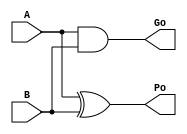
/*----------------------------------------------------------------------------
  Copyright (c) 2004 Aoki laboratory. All rights reserved.

  Top module: UBBKA_31_0_31_0

  Operand-1 length: 32
  Operand-2 length: 32
  Two-operand addition algorithm: Brent-Kung adder
----------------------------------------------------------------------------*/
// Modified by: Amir Yazdanbakhsh

`timescale 1ns/1ps
module GPGenerator(Go, Po, A, B);
  output Go;
  output Po;
  input A;
  input B;
  assign Go = A & B;
  assign Po = A ^ B;
endmodule

module CarryOperator(Go, Po, Gi1, Pi1, Gi2, Pi2);
  output Go;
  output Po;
  input Gi1;
  input Gi2;
  input Pi1;
  input Pi2;
  assign Go = Gi1 | ( Gi2 & Pi1 );
  assign Po = Pi1 & Pi2;
endmodule

module UBPriBKA_31_0(S, X, Y, Cin);
  output [32:0] S;
  input Cin;
  input [31:0] X;
  input [31:0] Y;
  wire [31:0] G0;
  wire [31:0] G1;
  wire [31:0] G10;
  wire [31:0] G2;
  wire [31:0] G3;
  wire [31:0] G4;
  wire [31:0] G5;
  wire [31:0] G6;
  wire [31:0] G7;
  wire [31:0] G8;
  wire [31:0] G9;
  wire [31:0] P0;
  wire [31:0] P1;
  wire [31:0] P10;
  wire [31:0] P2;
  wire [31:0] P3;
  wire [31:0] P4;
  wire [31:0] P5;
  wire [31:0] P6;
  wire [31:0] P7;
  wire [31:0] P8;
  wire [31:0] P9;
  assign P1[0] = P0[0];
  assign G1[0] = G0[0];
  assign P1[2] = P0[2];
  assign G1[2] = G0[2];
  assign P1[4] = P0[4];
  assign G1[4] = G0[4];
  assign P1[6] = P0[6];
  assign G1[6] = G0[6];
  assign P1[8] = P0[8];
  assign G1[8] = G0[8];
  assign P1[10] = P0[10];
  assign G1[10] = G0[10];
  assign P1[12] = P0[12];
  assign G1[12] = G0[12];
  assign P1[14] = P0[14];
  assign G1[14] = G0[14];
  assign P1[16] = P0[16];
  assign G1[16] = G0[16];
  assign P1[18] = P0[18];
  assign G1[18] = G0[18];
  assign P1[20] = P0[20];
  assign G1[20] = G0[20];
  assign P1[22] = P0[22];
  assign G1[22] = G0[22];
  assign P1[24] = P0[24];
  assign G1[24] = G0[24];
  assign P1[26] = P0[26];
  assign G1[26] = G0[26];
  assign P1[28] = P0[28];
  assign G1[28] = G0[28];
  assign P1[30] = P0[30];
  assign G1[30] = G0[30];
  assign P2[0] = P1[0];
  assign G2[0] = G1[0];
  assign P2[1] = P1[1];
  assign G2[1] = G1[1];
  assign P2[2] = P1[2];
  assign G2[2] = G1[2];
  assign P2[4] = P1[4];
  assign G2[4] = G1[4];
  assign P2[5] = P1[5];
  assign G2[5] = G1[5];
  assign P2[6] = P1[6];
  assign G2[6] = G1[6];
  assign P2[8] = P1[8];
  assign G2[8] = G1[8];
  assign P2[9] = P1[9];
  assign G2[9] = G1[9];
  assign P2[10] = P1[10];
  assign G2[10] = G1[10];
  assign P2[12] = P1[12];
  assign G2[12] = G1[12];
  assign P2[13] = P1[13];
  assign G2[13] = G1[13];
  assign P2[14] = P1[14];
  assign G2[14] = G1[14];
  assign P2[16] = P1[16];
  assign G2[16] = G1[16];
  assign P2[17] = P1[17];
  assign G2[17] = G1[17];
  assign P2[18] = P1[18];
  assign G2[18] = G1[18];
  assign P2[20] = P1[20];
  assign G2[20] = G1[20];
  assign P2[21] = P1[21];
  assign G2[21] = G1[21];
  assign P2[22] = P1[22];
  assign G2[22] = G1[22];
  assign P2[24] = P1[24];
  assign G2[24] = G1[24];
  assign P2[25] = P1[25];
  assign G2[25] = G1[25];
  assign P2[26] = P1[26];
  assign G2[26] = G1[26];
  assign P2[28] = P1[28];
  assign G2[28] = G1[28];
  assign P2[29] = P1[29];
  assign G2[29] = G1[29];
  assign P2[30] = P1[30];
  assign G2[30] = G1[30];
  assign P3[0] = P2[0];
  assign G3[0] = G2[0];
  assign P3[1] = P2[1];
  assign G3[1] = G2[1];
  assign P3[2] = P2[2];
  assign G3[2] = G2[2];
  assign P3[3] = P2[3];
  assign G3[3] = G2[3];
  assign P3[4] = P2[4];
  assign G3[4] = G2[4];
  assign P3[5] = P2[5];
  assign G3[5] = G2[5];
  assign P3[6] = P2[6];
  assign G3[6] = G2[6];
  assign P3[8] = P2[8];
  assign G3[8] = G2[8];
  assign P3[9] = P2[9];
  assign G3[9] = G2[9];
  assign P3[10] = P2[10];
  assign G3[10] = G2[10];
  assign P3[11] = P2[11];
  assign G3[11] = G2[11];
  assign P3[12] = P2[12];
  assign G3[12] = G2[12];
  assign P3[13] = P2[13];
  assign G3[13] = G2[13];
  assign P3[14] = P2[14];
  assign G3[14] = G2[14];
  assign P3[16] = P2[16];
  assign G3[16] = G2[16];
  assign P3[17] = P2[17];
  assign G3[17] = G2[17];
  assign P3[18] = P2[18];
  assign G3[18] = G2[18];
  assign P3[19] = P2[19];
  assign G3[19] = G2[19];
  assign P3[20] = P2[20];
  assign G3[20] = G2[20];
  assign P3[21] = P2[21];
  assign G3[21] = G2[21];
  assign P3[22] = P2[22];
  assign G3[22] = G2[22];
  assign P3[24] = P2[24];
  assign G3[24] = G2[24];
  assign P3[25] = P2[25];
  assign G3[25] = G2[25];
  assign P3[26] = P2[26];
  assign G3[26] = G2[26];
  assign P3[27] = P2[27];
  assign G3[27] = G2[27];
  assign P3[28] = P2[28];
  assign G3[28] = G2[28];
  assign P3[29] = P2[29];
  assign G3[29] = G2[29];
  assign P3[30] = P2[30];
  assign G3[30] = G2[30];
  assign P4[0] = P3[0];
  assign G4[0] = G3[0];
  assign P4[1] = P3[1];
  assign G4[1] = G3[1];
  assign P4[2] = P3[2];
  assign G4[2] = G3[2];
  assign P4[3] = P3[3];
  assign G4[3] = G3[3];
  assign P4[4] = P3[4];
  assign G4[4] = G3[4];
  assign P4[5] = P3[5];
  assign G4[5] = G3[5];
  assign P4[6] = P3[6];
  assign G4[6] = G3[6];
  assign P4[7] = P3[7];
  assign G4[7] = G3[7];
  assign P4[8] = P3[8];
  assign G4[8] = G3[8];
  assign P4[9] = P3[9];
  assign G4[9] = G3[9];
  assign P4[10] = P3[10];
  assign G4[10] = G3[10];
  assign P4[11] = P3[11];
  assign G4[11] = G3[11];
  assign P4[12] = P3[12];
  assign G4[12] = G3[12];
  assign P4[13] = P3[13];
  assign G4[13] = G3[13];
  assign P4[14] = P3[14];
  assign G4[14] = G3[14];
  assign P4[16] = P3[16];
  assign G4[16] = G3[16];
  assign P4[17] = P3[17];
  assign G4[17] = G3[17];
  assign P4[18] = P3[18];
  assign G4[18] = G3[18];
  assign P4[19] = P3[19];
  assign G4[19] = G3[19];
  assign P4[20] = P3[20];
  assign G4[20] = G3[20];
  assign P4[21] = P3[21];
  assign G4[21] = G3[21];
  assign P4[22] = P3[22];
  assign G4[22] = G3[22];
  assign P4[23] = P3[23];
  assign G4[23] = G3[23];
  assign P4[24] = P3[24];
  assign G4[24] = G3[24];
  assign P4[25] = P3[25];
  assign G4[25] = G3[25];
  assign P4[26] = P3[26];
  assign G4[26] = G3[26];
  assign P4[27] = P3[27];
  assign G4[27] = G3[27];
  assign P4[28] = P3[28];
  assign G4[28] = G3[28];
  assign P4[29] = P3[29];
  assign G4[29] = G3[29];
  assign P4[30] = P3[30];
  assign G4[30] = G3[30];
  assign P5[0] = P4[0];
  assign G5[0] = G4[0];
  assign P5[1] = P4[1];
  assign G5[1] = G4[1];
  assign P5[2] = P4[2];
  assign G5[2] = G4[2];
  assign P5[3] = P4[3];
  assign G5[3] = G4[3];
  assign P5[4] = P4[4];
  assign G5[4] = G4[4];
  assign P5[5] = P4[5];
  assign G5[5] = G4[5];
  assign P5[6] = P4[6];
  assign G5[6] = G4[6];
  assign P5[7] = P4[7];
  assign G5[7] = G4[7];
  assign P5[8] = P4[8];
  assign G5[8] = G4[8];
  assign P5[9] = P4[9];
  assign G5[9] = G4[9];
  assign P5[10] = P4[10];
  assign G5[10] = G4[10];
  assign P5[11] = P4[11];
  assign G5[11] = G4[11];
  assign P5[12] = P4[12];
  assign G5[12] = G4[12];
  assign P5[13] = P4[13];
  assign G5[13] = G4[13];
  assign P5[14] = P4[14];
  assign G5[14] = G4[14];
  assign P5[15] = P4[15];
  assign G5[15] = G4[15];
  assign P5[16] = P4[16];
  assign G5[16] = G4[16];
  assign P5[17] = P4[17];
  assign G5[17] = G4[17];
  assign P5[18] = P4[18];
  assign G5[18] = G4[18];
  assign P5[19] = P4[19];
  assign G5[19] = G4[19];
  assign P5[20] = P4[20];
  assign G5[20] = G4[20];
  assign P5[21] = P4[21];
  assign G5[21] = G4[21];
  assign P5[22] = P4[22];
  assign G5[22] = G4[22];
  assign P5[23] = P4[23];
  assign G5[23] = G4[23];
  assign P5[24] = P4[24];
  assign G5[24] = G4[24];
  assign P5[25] = P4[25];
  assign G5[25] = G4[25];
  assign P5[26] = P4[26];
  assign G5[26] = G4[26];
  assign P5[27] = P4[27];
  assign G5[27] = G4[27];
  assign P5[28] = P4[28];
  assign G5[28] = G4[28];
  assign P5[29] = P4[29];
  assign G5[29] = G4[29];
  assign P5[30] = P4[30];
  assign G5[30] = G4[30];
  assign P6[0] = P5[0];
  assign G6[0] = G5[0];
  assign P6[1] = P5[1];
  assign G6[1] = G5[1];
  assign P6[2] = P5[2];
  assign G6[2] = G5[2];
  assign P6[3] = P5[3];
  assign G6[3] = G5[3];
  assign P6[4] = P5[4];
  assign G6[4] = G5[4];
  assign P6[5] = P5[5];
  assign G6[5] = G5[5];
  assign P6[6] = P5[6];
  assign G6[6] = G5[6];
  assign P6[7] = P5[7];
  assign G6[7] = G5[7];
  assign P6[8] = P5[8];
  assign G6[8] = G5[8];
  assign P6[9] = P5[9];
  assign G6[9] = G5[9];
  assign P6[10] = P5[10];
  assign G6[10] = G5[10];
  assign P6[11] = P5[11];
  assign G6[11] = G5[11];
  assign P6[12] = P5[12];
  assign G6[12] = G5[12];
  assign P6[13] = P5[13];
  assign G6[13] = G5[13];
  assign P6[14] = P5[14];
  assign G6[14] = G5[14];
  assign P6[15] = P5[15];
  assign G6[15] = G5[15];
  assign P6[16] = P5[16];
  assign G6[16] = G5[16];
  assign P6[17] = P5[17];
  assign G6[17] = G5[17];
  assign P6[18] = P5[18];
  assign G6[18] = G5[18];
  assign P6[19] = P5[19];
  assign G6[19] = G5[19];
  assign P6[20] = P5[20];
  assign G6[20] = G5[20];
  assign P6[21] = P5[21];
  assign G6[21] = G5[21];
  assign P6[22] = P5[22];
  assign G6[22] = G5[22];
  assign P6[23] = P5[23];
  assign G6[23] = G5[23];
  assign P6[24] = P5[24];
  assign G6[24] = G5[24];
  assign P6[25] = P5[25];
  assign G6[25] = G5[25];
  assign P6[26] = P5[26];
  assign G6[26] = G5[26];
  assign P6[27] = P5[27];
  assign G6[27] = G5[27];
  assign P6[28] = P5[28];
  assign G6[28] = G5[28];
  assign P6[29] = P5[29];
  assign G6[29] = G5[29];
  assign P6[30] = P5[30];
  assign G6[30] = G5[30];
  assign P6[31] = P5[31];
  assign G6[31] = G5[31];
  assign P7[0] = P6[0];
  assign G7[0] = G6[0];
  assign P7[1] = P6[1];
  assign G7[1] = G6[1];
  assign P7[2] = P6[2];
  assign G7[2] = G6[2];
  assign P7[3] = P6[3];
  assign G7[3] = G6[3];
  assign P7[4] = P6[4];
  assign G7[4] = G6[4];
  assign P7[5] = P6[5];
  assign G7[5] = G6[5];
  assign P7[6] = P6[6];
  assign G7[6] = G6[6];
  assign P7[7] = P6[7];
  assign G7[7] = G6[7];
  assign P7[8] = P6[8];
  assign G7[8] = G6[8];
  assign P7[9] = P6[9];
  assign G7[9] = G6[9];
  assign P7[10] = P6[10];
  assign G7[10] = G6[10];
  assign P7[11] = P6[11];
  assign G7[11] = G6[11];
  assign P7[12] = P6[12];
  assign G7[12] = G6[12];
  assign P7[13] = P6[13];
  assign G7[13] = G6[13];
  assign P7[14] = P6[14];
  assign G7[14] = G6[14];
  assign P7[15] = P6[15];
  assign G7[15] = G6[15];
  assign P7[16] = P6[16];
  assign G7[16] = G6[16];
  assign P7[17] = P6[17];
  assign G7[17] = G6[17];
  assign P7[18] = P6[18];
  assign G7[18] = G6[18];
  assign P7[19] = P6[19];
  assign G7[19] = G6[19];
  assign P7[20] = P6[20];
  assign G7[20] = G6[20];
  assign P7[21] = P6[21];
  assign G7[21] = G6[21];
  assign P7[22] = P6[22];
  assign G7[22] = G6[22];
  assign P7[24] = P6[24];
  assign G7[24] = G6[24];
  assign P7[25] = P6[25];
  assign G7[25] = G6[25];
  assign P7[26] = P6[26];
  assign G7[26] = G6[26];
  assign P7[27] = P6[27];
  assign G7[27] = G6[27];
  assign P7[28] = P6[28];
  assign G7[28] = G6[28];
  assign P7[29] = P6[29];
  assign G7[29] = G6[29];
  assign P7[30] = P6[30];
  assign G7[30] = G6[30];
  assign P7[31] = P6[31];
  assign G7[31] = G6[31];
  assign P8[0] = P7[0];
  assign G8[0] = G7[0];
  assign P8[1] = P7[1];
  assign G8[1] = G7[1];
  assign P8[2] = P7[2];
  assign G8[2] = G7[2];
  assign P8[3] = P7[3];
  assign G8[3] = G7[3];
  assign P8[4] = P7[4];
  assign G8[4] = G7[4];
  assign P8[5] = P7[5];
  assign G8[5] = G7[5];
  assign P8[6] = P7[6];
  assign G8[6] = G7[6];
  assign P8[7] = P7[7];
  assign G8[7] = G7[7];
  assign P8[8] = P7[8];
  assign G8[8] = G7[8];
  assign P8[9] = P7[9];
  assign G8[9] = G7[9];
  assign P8[10] = P7[10];
  assign G8[10] = G7[10];
  assign P8[12] = P7[12];
  assign G8[12] = G7[12];
  assign P8[13] = P7[13];
  assign G8[13] = G7[13];
  assign P8[14] = P7[14];
  assign G8[14] = G7[14];
  assign P8[15] = P7[15];
  assign G8[15] = G7[15];
  assign P8[16] = P7[16];
  assign G8[16] = G7[16];
  assign P8[17] = P7[17];
  assign G8[17] = G7[17];
  assign P8[18] = P7[18];
  assign G8[18] = G7[18];
  assign P8[20] = P7[20];
  assign G8[20] = G7[20];
  assign P8[21] = P7[21];
  assign G8[21] = G7[21];
  assign P8[22] = P7[22];
  assign G8[22] = G7[22];
  assign P8[23] = P7[23];
  assign G8[23] = G7[23];
  assign P8[24] = P7[24];
  assign G8[24] = G7[24];
  assign P8[25] = P7[25];
  assign G8[25] = G7[25];
  assign P8[26] = P7[26];
  assign G8[26] = G7[26];
  assign P8[28] = P7[28];
  assign G8[28] = G7[28];
  assign P8[29] = P7[29];
  assign G8[29] = G7[29];
  assign P8[30] = P7[30];
  assign G8[30] = G7[30];
  assign P8[31] = P7[31];
  assign G8[31] = G7[31];
  assign P9[0] = P8[0];
  assign G9[0] = G8[0];
  assign P9[1] = P8[1];
  assign G9[1] = G8[1];
  assign P9[2] = P8[2];
  assign G9[2] = G8[2];
  assign P9[3] = P8[3];
  assign G9[3] = G8[3];
  assign P9[4] = P8[4];
  assign G9[4] = G8[4];
  assign P9[6] = P8[6];
  assign G9[6] = G8[6];
  assign P9[7] = P8[7];
  assign G9[7] = G8[7];
  assign P9[8] = P8[8];
  assign G9[8] = G8[8];
  assign P9[10] = P8[10];
  assign G9[10] = G8[10];
  assign P9[11] = P8[11];
  assign G9[11] = G8[11];
  assign P9[12] = P8[12];
  assign G9[12] = G8[12];
  assign P9[14] = P8[14];
  assign G9[14] = G8[14];
  assign P9[15] = P8[15];
  assign G9[15] = G8[15];
  assign P9[16] = P8[16];
  assign G9[16] = G8[16];
  assign P9[18] = P8[18];
  assign G9[18] = G8[18];
  assign P9[19] = P8[19];
  assign G9[19] = G8[19];
  assign P9[20] = P8[20];
  assign G9[20] = G8[20];
  assign P9[22] = P8[22];
  assign G9[22] = G8[22];
  assign P9[23] = P8[23];
  assign G9[23] = G8[23];
  assign P9[24] = P8[24];
  assign G9[24] = G8[24];
  assign P9[26] = P8[26];
  assign G9[26] = G8[26];
  assign P9[27] = P8[27];
  assign G9[27] = G8[27];
  assign P9[28] = P8[28];
  assign G9[28] = G8[28];
  assign P9[30] = P8[30];
  assign G9[30] = G8[30];
  assign P9[31] = P8[31];
  assign G9[31] = G8[31];
  assign P10[0] = P9[0];
  assign G10[0] = G9[0];
  assign P10[1] = P9[1];
  assign G10[1] = G9[1];
  assign P10[3] = P9[3];
  assign G10[3] = G9[3];
  assign P10[5] = P9[5];
  assign G10[5] = G9[5];
  assign P10[7] = P9[7];
  assign G10[7] = G9[7];
  assign P10[9] = P9[9];
  assign G10[9] = G9[9];
  assign P10[11] = P9[11];
  assign G10[11] = G9[11];
  assign P10[13] = P9[13];
  assign G10[13] = G9[13];
  assign P10[15] = P9[15];
  assign G10[15] = G9[15];
  assign P10[17] = P9[17];
  assign G10[17] = G9[17];
  assign P10[19] = P9[19];
  assign G10[19] = G9[19];
  assign P10[21] = P9[21];
  assign G10[21] = G9[21];
  assign P10[23] = P9[23];
  assign G10[23] = G9[23];
  assign P10[25] = P9[25];
  assign G10[25] = G9[25];
  assign P10[27] = P9[27];
  assign G10[27] = G9[27];
  assign P10[29] = P9[29];
  assign G10[29] = G9[29];
  assign P10[31] = P9[31];
  assign G10[31] = G9[31];
  assign S[0] = Cin ^ P0[0];
  assign S[1] = ( G10[0] | ( P10[0] & Cin ) ) ^ P0[1];
  assign S[2] = ( G10[1] | ( P10[1] & Cin ) ) ^ P0[2];
  assign S[3] = ( G10[2] | ( P10[2] & Cin ) ) ^ P0[3];
  assign S[4] = ( G10[3] | ( P10[3] & Cin ) ) ^ P0[4];
  assign S[5] = ( G10[4] | ( P10[4] & Cin ) ) ^ P0[5];
  assign S[6] = ( G10[5] | ( P10[5] & Cin ) ) ^ P0[6];
  assign S[7] = ( G10[6] | ( P10[6] & Cin ) ) ^ P0[7];
  assign S[8] = ( G10[7] | ( P10[7] & Cin ) ) ^ P0[8];
  assign S[9] = ( G10[8] | ( P10[8] & Cin ) ) ^ P0[9];
  assign S[10] = ( G10[9] | ( P10[9] & Cin ) ) ^ P0[10];
  assign S[11] = ( G10[10] | ( P10[10] & Cin ) ) ^ P0[11];
  assign S[12] = ( G10[11] | ( P10[11] & Cin ) ) ^ P0[12];
  assign S[13] = ( G10[12] | ( P10[12] & Cin ) ) ^ P0[13];
  assign S[14] = ( G10[13] | ( P10[13] & Cin ) ) ^ P0[14];
  assign S[15] = ( G10[14] | ( P10[14] & Cin ) ) ^ P0[15];
  assign S[16] = ( G10[15] | ( P10[15] & Cin ) ) ^ P0[16];
  assign S[17] = ( G10[16] | ( P10[16] & Cin ) ) ^ P0[17];
  assign S[18] = ( G10[17] | ( P10[17] & Cin ) ) ^ P0[18];
  assign S[19] = ( G10[18] | ( P10[18] & Cin ) ) ^ P0[19];
  assign S[20] = ( G10[19] | ( P10[19] & Cin ) ) ^ P0[20];
  assign S[21] = ( G10[20] | ( P10[20] & Cin ) ) ^ P0[21];
  assign S[22] = ( G10[21] | ( P10[21] & Cin ) ) ^ P0[22];
  assign S[23] = ( G10[22] | ( P10[22] & Cin ) ) ^ P0[23];
  assign S[24] = ( G10[23] | ( P10[23] & Cin ) ) ^ P0[24];
  assign S[25] = ( G10[24] | ( P10[24] & Cin ) ) ^ P0[25];
  assign S[26] = ( G10[25] | ( P10[25] & Cin ) ) ^ P0[26];
  assign S[27] = ( G10[26] | ( P10[26] & Cin ) ) ^ P0[27];
  assign S[28] = ( G10[27] | ( P10[27] & Cin ) ) ^ P0[28];
  assign S[29] = ( G10[28] | ( P10[28] & Cin ) ) ^ P0[29];
  assign S[30] = ( G10[29] | ( P10[29] & Cin ) ) ^ P0[30];
  assign S[31] = ( G10[30] | ( P10[30] & Cin ) ) ^ P0[31];
  assign S[32] = G10[31] | ( P10[31] & Cin );
  GPGenerator U0 (G0[0], P0[0], X[0], Y[0]);
  GPGenerator U1 (G0[1], P0[1], X[1], Y[1]);
  GPGenerator U2 (G0[2], P0[2], X[2], Y[2]);
  GPGenerator U3 (G0[3], P0[3], X[3], Y[3]);
  GPGenerator U4 (G0[4], P0[4], X[4], Y[4]);
  GPGenerator U5 (G0[5], P0[5], X[5], Y[5]);
  GPGenerator U6 (G0[6], P0[6], X[6], Y[6]);
  GPGenerator U7 (G0[7], P0[7], X[7], Y[7]);
  GPGenerator U8 (G0[8], P0[8], X[8], Y[8]);
  GPGenerator U9 (G0[9], P0[9], X[9], Y[9]);
  GPGenerator U10 (G0[10], P0[10], X[10], Y[10]);
  GPGenerator U11 (G0[11], P0[11], X[11], Y[11]);
  GPGenerator U12 (G0[12], P0[12], X[12], Y[12]);
  GPGenerator U13 (G0[13], P0[13], X[13], Y[13]);
  GPGenerator U14 (G0[14], P0[14], X[14], Y[14]);
  GPGenerator U15 (G0[15], P0[15], X[15], Y[15]);
  GPGenerator U16 (G0[16], P0[16], X[16], Y[16]);
  GPGenerator U17 (G0[17], P0[17], X[17], Y[17]);
  GPGenerator U18 (G0[18], P0[18], X[18], Y[18]);
  GPGenerator U19 (G0[19], P0[19], X[19], Y[19]);
  GPGenerator U20 (G0[20], P0[20], X[20], Y[20]);
  GPGenerator U21 (G0[21], P0[21], X[21], Y[21]);
  GPGenerator U22 (G0[22], P0[22], X[22], Y[22]);
  GPGenerator U23 (G0[23], P0[23], X[23], Y[23]);
  GPGenerator U24 (G0[24], P0[24], X[24], Y[24]);
  GPGenerator U25 (G0[25], P0[25], X[25], Y[25]);
  GPGenerator U26 (G0[26], P0[26], X[26], Y[26]);
  GPGenerator U27 (G0[27], P0[27], X[27], Y[27]);
  GPGenerator U28 (G0[28], P0[28], X[28], Y[28]);
  GPGenerator U29 (G0[29], P0[29], X[29], Y[29]);
  GPGenerator U30 (G0[30], P0[30], X[30], Y[30]);
  GPGenerator U31 (G0[31], P0[31], X[31], Y[31]);
  CarryOperator U32 (G1[1], P1[1], G0[1], P0[1], G0[0], P0[0]);
  CarryOperator U33 (G1[3], P1[3], G0[3], P0[3], G0[2], P0[2]);
  CarryOperator U34 (G1[5], P1[5], G0[5], P0[5], G0[4], P0[4]);
  CarryOperator U35 (G1[7], P1[7], G0[7], P0[7], G0[6], P0[6]);
  CarryOperator U36 (G1[9], P1[9], G0[9], P0[9], G0[8], P0[8]);
  CarryOperator U37 (G1[11], P1[11], G0[11], P0[11], G0[10], P0[10]);
  CarryOperator U38 (G1[13], P1[13], G0[13], P0[13], G0[12], P0[12]);
  CarryOperator U39 (G1[15], P1[15], G0[15], P0[15], G0[14], P0[14]);
  CarryOperator U40 (G1[17], P1[17], G0[17], P0[17], G0[16], P0[16]);
  CarryOperator U41 (G1[19], P1[19], G0[19], P0[19], G0[18], P0[18]);
  CarryOperator U42 (G1[21], P1[21], G0[21], P0[21], G0[20], P0[20]);
  CarryOperator U43 (G1[23], P1[23], G0[23], P0[23], G0[22], P0[22]);
  CarryOperator U44 (G1[25], P1[25], G0[25], P0[25], G0[24], P0[24]);
  CarryOperator U45 (G1[27], P1[27], G0[27], P0[27], G0[26], P0[26]);
  CarryOperator U46 (G1[29], P1[29], G0[29], P0[29], G0[28], P0[28]);
  CarryOperator U47 (G1[31], P1[31], G0[31], P0[31], G0[30], P0[30]);
  CarryOperator U48 (G2[3], P2[3], G1[3], P1[3], G1[1], P1[1]);
  CarryOperator U49 (G2[7], P2[7], G1[7], P1[7], G1[5], P1[5]);
  CarryOperator U50 (G2[11], P2[11], G1[11], P1[11], G1[9], P1[9]);
  CarryOperator U51 (G2[15], P2[15], G1[15], P1[15], G1[13], P1[13]);
  CarryOperator U52 (G2[19], P2[19], G1[19], P1[19], G1[17], P1[17]);
  CarryOperator U53 (G2[23], P2[23], G1[23], P1[23], G1[21], P1[21]);
  CarryOperator U54 (G2[27], P2[27], G1[27], P1[27], G1[25], P1[25]);
  CarryOperator U55 (G2[31], P2[31], G1[31], P1[31], G1[29], P1[29]);
  CarryOperator U56 (G3[7], P3[7], G2[7], P2[7], G2[3], P2[3]);
  CarryOperator U57 (G3[15], P3[15], G2[15], P2[15], G2[11], P2[11]);
  CarryOperator U58 (G3[23], P3[23], G2[23], P2[23], G2[19], P2[19]);
  CarryOperator U59 (G3[31], P3[31], G2[31], P2[31], G2[27], P2[27]);
  CarryOperator U60 (G4[15], P4[15], G3[15], P3[15], G3[7], P3[7]);
  CarryOperator U61 (G4[31], P4[31], G3[31], P3[31], G3[23], P3[23]);
  CarryOperator U62 (G5[31], P5[31], G4[31], P4[31], G4[15], P4[15]);
  CarryOperator U63 (G7[23], P7[23], G6[23], P6[23], G6[15], P6[15]);
  CarryOperator U64 (G8[11], P8[11], G7[11], P7[11], G7[7], P7[7]);
  CarryOperator U65 (G8[19], P8[19], G7[19], P7[19], G7[15], P7[15]);
  CarryOperator U66 (G8[27], P8[27], G7[27], P7[27], G7[23], P7[23]);
  CarryOperator U67 (G9[5], P9[5], G8[5], P8[5], G8[3], P8[3]);
  CarryOperator U68 (G9[9], P9[9], G8[9], P8[9], G8[7], P8[7]);
  CarryOperator U69 (G9[13], P9[13], G8[13], P8[13], G8[11], P8[11]);
  CarryOperator U70 (G9[17], P9[17], G8[17], P8[17], G8[15], P8[15]);
  CarryOperator U71 (G9[21], P9[21], G8[21], P8[21], G8[19], P8[19]);
  CarryOperator U72 (G9[25], P9[25], G8[25], P8[25], G8[23], P8[23]);
  CarryOperator U73 (G9[29], P9[29], G8[29], P8[29], G8[27], P8[27]);
  CarryOperator U74 (G10[2], P10[2], G9[2], P9[2], G9[1], P9[1]);
  CarryOperator U75 (G10[4], P10[4], G9[4], P9[4], G9[3], P9[3]);
  CarryOperator U76 (G10[6], P10[6], G9[6], P9[6], G9[5], P9[5]);
  CarryOperator U77 (G10[8], P10[8], G9[8], P9[8], G9[7], P9[7]);
  CarryOperator U78 (G10[10], P10[10], G9[10], P9[10], G9[9], P9[9]);
  CarryOperator U79 (G10[12], P10[12], G9[12], P9[12], G9[11], P9[11]);
  CarryOperator U80 (G10[14], P10[14], G9[14], P9[14], G9[13], P9[13]);
  CarryOperator U81 (G10[16], P10[16], G9[16], P9[16], G9[15], P9[15]);
  CarryOperator U82 (G10[18], P10[18], G9[18], P9[18], G9[17], P9[17]);
  CarryOperator U83 (G10[20], P10[20], G9[20], P9[20], G9[19], P9[19]);
  CarryOperator U84 (G10[22], P10[22], G9[22], P9[22], G9[21], P9[21]);
  CarryOperator U85 (G10[24], P10[24], G9[24], P9[24], G9[23], P9[23]);
  CarryOperator U86 (G10[26], P10[26], G9[26], P9[26], G9[25], P9[25]);
  CarryOperator U87 (G10[28], P10[28], G9[28], P9[28], G9[27], P9[27]);
  CarryOperator U88 (G10[30], P10[30], G9[30], P9[30], G9[29], P9[29]);
endmodule

module UBZero_0_0(O);
  output [0:0] O;
  assign O[0] = 0;
endmodule

module brent_kung_32b (S, X, Y, clk, rst);
  output [32:0] S;
  input [31:0] X;
  input [31:0] Y;
  input clk, rst;

  reg [31:0] X_reg;
  reg [31:0] Y_reg;
  reg [32:0] S_reg;

  wire [32:0] S_wire;

  assign S = S_reg;

  always @(posedge clk)
  begin
      if(rst)
      begin
        S_reg <= 0;
        X_reg <= 0;
        Y_reg <= 0;
      end
      else
      begin
        S_reg <= S_wire;
        X_reg <= X;
        Y_reg <= Y;
      end
  end

  UBPureBKA_31_0 U0 (S_wire[32:0], X_reg[31:0], Y_reg[31:0]);
endmodule

module UBPureBKA_31_0 (S, X, Y);
  output [32:0] S;
  input [31:0] X;
  input [31:0] Y;
  wire C;
  UBPriBKA_31_0 U0 (S, X, Y, 1'b0);
  //UBZero_0_0 U1 (C);
endmodule